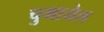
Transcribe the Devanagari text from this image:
चुमायेल